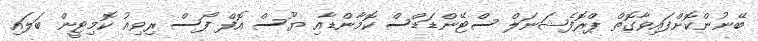
ބޭނުންކޮށްފައިވާގޮތް ޕްރޮފެޝަނަލް ސްޓޭންޑަޑްސް ކޮމާންޑާއި ޔޫސް އޮފް ފޯސް ރިވިއު ކޮމިޓީން ބަލައި